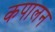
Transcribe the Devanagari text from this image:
कपालन